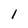
Character: 1